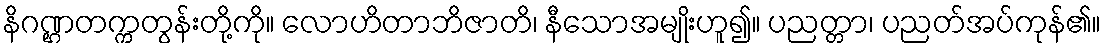
နိဂဏ္ဌတက္ကတွန်းတို့ကို။ လောဟိတာဘိဇာတိ၊ နီသောအမျိုးဟူ၍။ ပညတ္တာ၊ ပညတ်အပ်ကုန်၏။